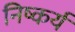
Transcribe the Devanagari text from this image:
निष्कर्य